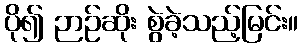
ပို၍ ဉာဉ်ဆိုး စွဲခဲ့သည့်မြင်း။